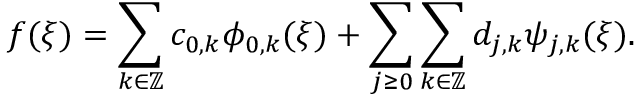
\begin{array} { r } { f ( \xi ) = \displaystyle \sum _ { k \in \mathbb { Z } } c _ { 0 , k } \phi _ { 0 , k } ( \xi ) + \displaystyle \sum _ { j \ge 0 } \sum _ { k \in \mathbb { Z } } d _ { j , k } \psi _ { j , k } ( \xi ) . } \end{array}